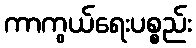
ကာကွယ်ရေးပစ္စည်း